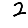
Digit: 2